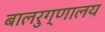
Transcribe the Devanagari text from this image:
बालरुग्णालय